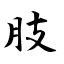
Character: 肢